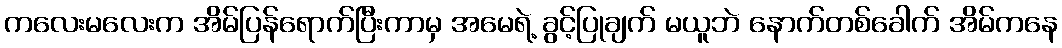
ကလေးမလေးက အိမ်ပြန်ရောက်ပြီးကာမှ အမေရဲ့ ခွင့်ပြုချက် မယူဘဲ နောက်တစ်ခေါက် အိမ်ကနေ